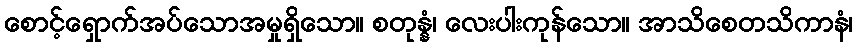
စောင့်ရှောက်အပ်သောအမှုရှိသော။ စတုန္နံ၊ လေးပါးကုန်သော။ အာသိစေတသိကာနံ၊